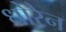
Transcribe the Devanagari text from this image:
धोरेन